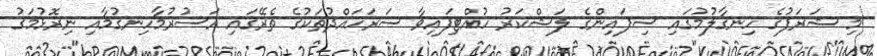
މި ޝަރަފުގެ ހިނގާލުމުގައި ސިފައިންގެ ލަޝްކަރު ހުއްޓިފައިވާ ސަރަހައްދުތަކުގެ ތެރޭގައި އަސުރުމާހިނގުމާއި ނިރޮޅުމަގު